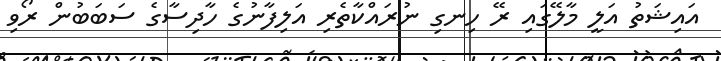
އައިޝަތު އަލީ މާލޭގައި ރޭ ހިނގި ނުރައްކާތެރި އަލިފާނުގެ ހާދިސާގެ ސަބަބުން ރޯވި